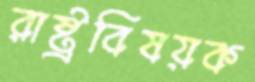
রাষ্ট্রবিষয়ক